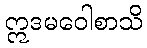
ဣဒမဝေါစာသိ